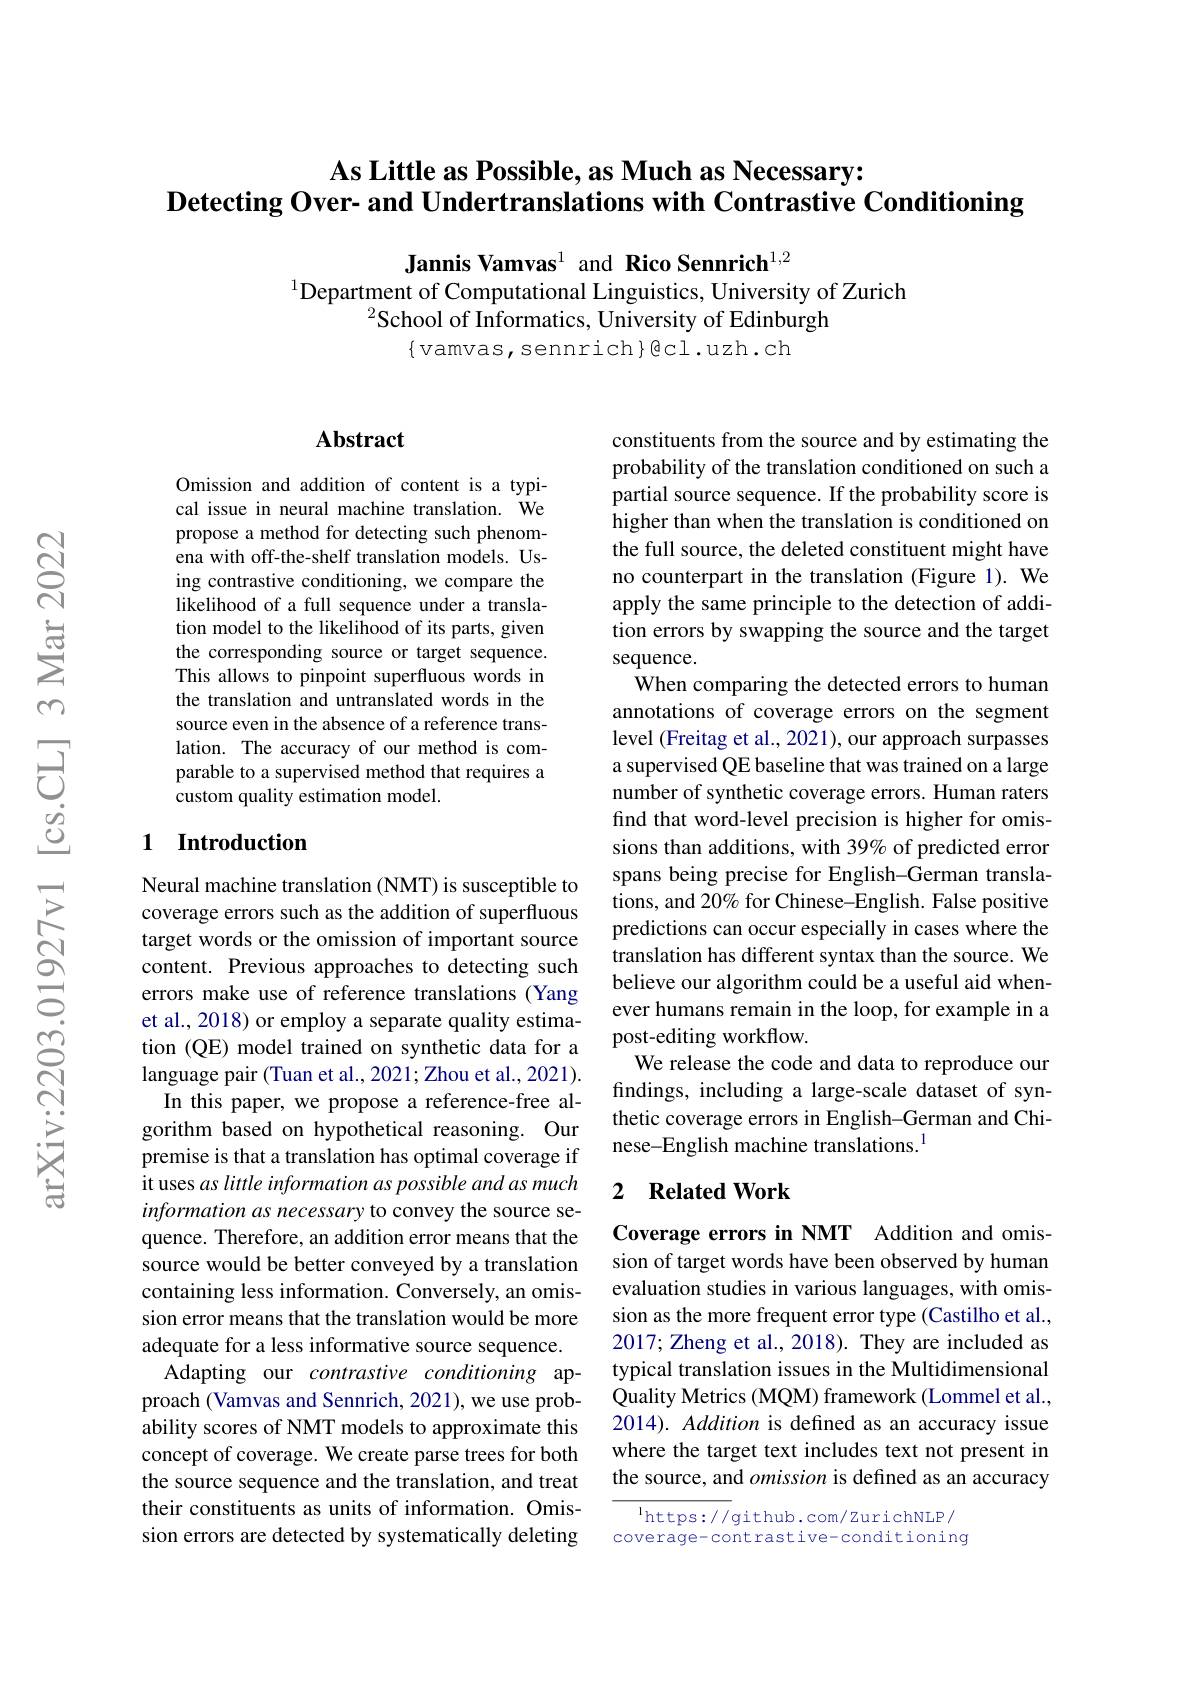
As Little as Possible, as Much as Necessary:
$\textbf{Detecting Over- and Undertranslations with Contrastive Conditioning}$

Jannis Vamvas$^{1}$ and Rico Sennrich$^{1,2}$
$^{1}$Department of Computational Linguistics, University of Zurich
$^{2}$School of Informatics, University of Edinburgh
$\{$vamvas,sennrich$\}\textcircled{\mathrm{cl.uzh.ch}}$

## $\mathbf{Abstract}$

Omission and addition of content is a typical issue in neural machine translation. We propose a method for detecting such phenomena with off-the-shelf translation models. Using contrastive conditioning, we compare the likelihood of a full sequence under a translation model to the likelihood of its parts, given the corresponding source or target sequence. This allows to pinpoint superfluous words in the translation and untranslated words in the source even in the absence of a reference translation. The accuracy of our method is comparable to a supervised method that requires a custom quality estimation model.

## 1 Introduction

Neural machine translation (NMT) is susceptible to coverage errors such as the addition of superfluous target words or the omission of important source content. Previous approaches to detecting such errors make use of reference translations (Yang et al., 2018) or employ a separate quality estimation (QE) model trained on synthetic data for a language pair (Tuan et al., 2021; Zhou et al., 2021).
In this paper, we propose a reference-free algorithm based on hypothetical reasoning. Our premise is that a translation has optimal coverage if it uses as little information as possible and as much information as necessary to convey the source sequence. Therefore, an addition error means that the source would be better conveyed by a translation containing less information. Conversely, an omission error means that the translation would be more adequate for a less informative source sequence. Adapting our contrastive conditioning approach (Vamvas and Sennrich, 2021), we use probability scores of NMT models to approximate this concept of coverage. We create parse trees for both the source sequence and the translation, and treat their constituents as units of information. Omission errors are detected by systematically deleting

constituents from the source and by estimating the probability of the translation conditioned on such a partial source sequence. If the probability score is higher than when the translation is conditioned on the full source, the deleted constituent might have no counterpart in the translation (Figure 1). We apply the same principle to the detection of addition errors by swapping the source and the target sequence.
When comparing the detected errors to human annotations of coverage errors on the segment level (Freitag et al., 2021), our approach surpasses a supervised QE baseline that was trained on a large number of synthetic coverage errors. Human raters find that word-level precision is higher for omissions than additions, with 39% of predicted error spans being precise for English-German translations, and 20% for Chinese-English. False positive predictions can occur especially in cases where the translation has different syntax than the source. We believe our algorithm could be a useful aid whenever humans remain in the loop, for example in a post-editing workflow.
We release the code and data to reproduce our findings, including a large-scale dataset of synthetic coverage errors in English-German and Chinese-English machine translations.$^{1}$

## 2 Related Work

Coverage errors in NMT Addition and omission of target words have been observed by human evaluation studies in various languages, with omission as the more frequent error type (Castilho et al., 2017; Zheng et al., 2018). They are included as typical translation issues in the Multidimensional Quality Metrics (MQM) framework (Lommel et al., 2014). Addition is defined as an accuracy issue where the target text includes text not present in the source, and omission is defined as an accuracy

$^{\mathrm{l}}$https://github.com/ZurichNLP/ coverage-contrastive-conditioning